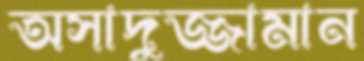
অসাদুজ্জামান